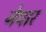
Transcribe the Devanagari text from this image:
नेपार